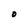
Character: O